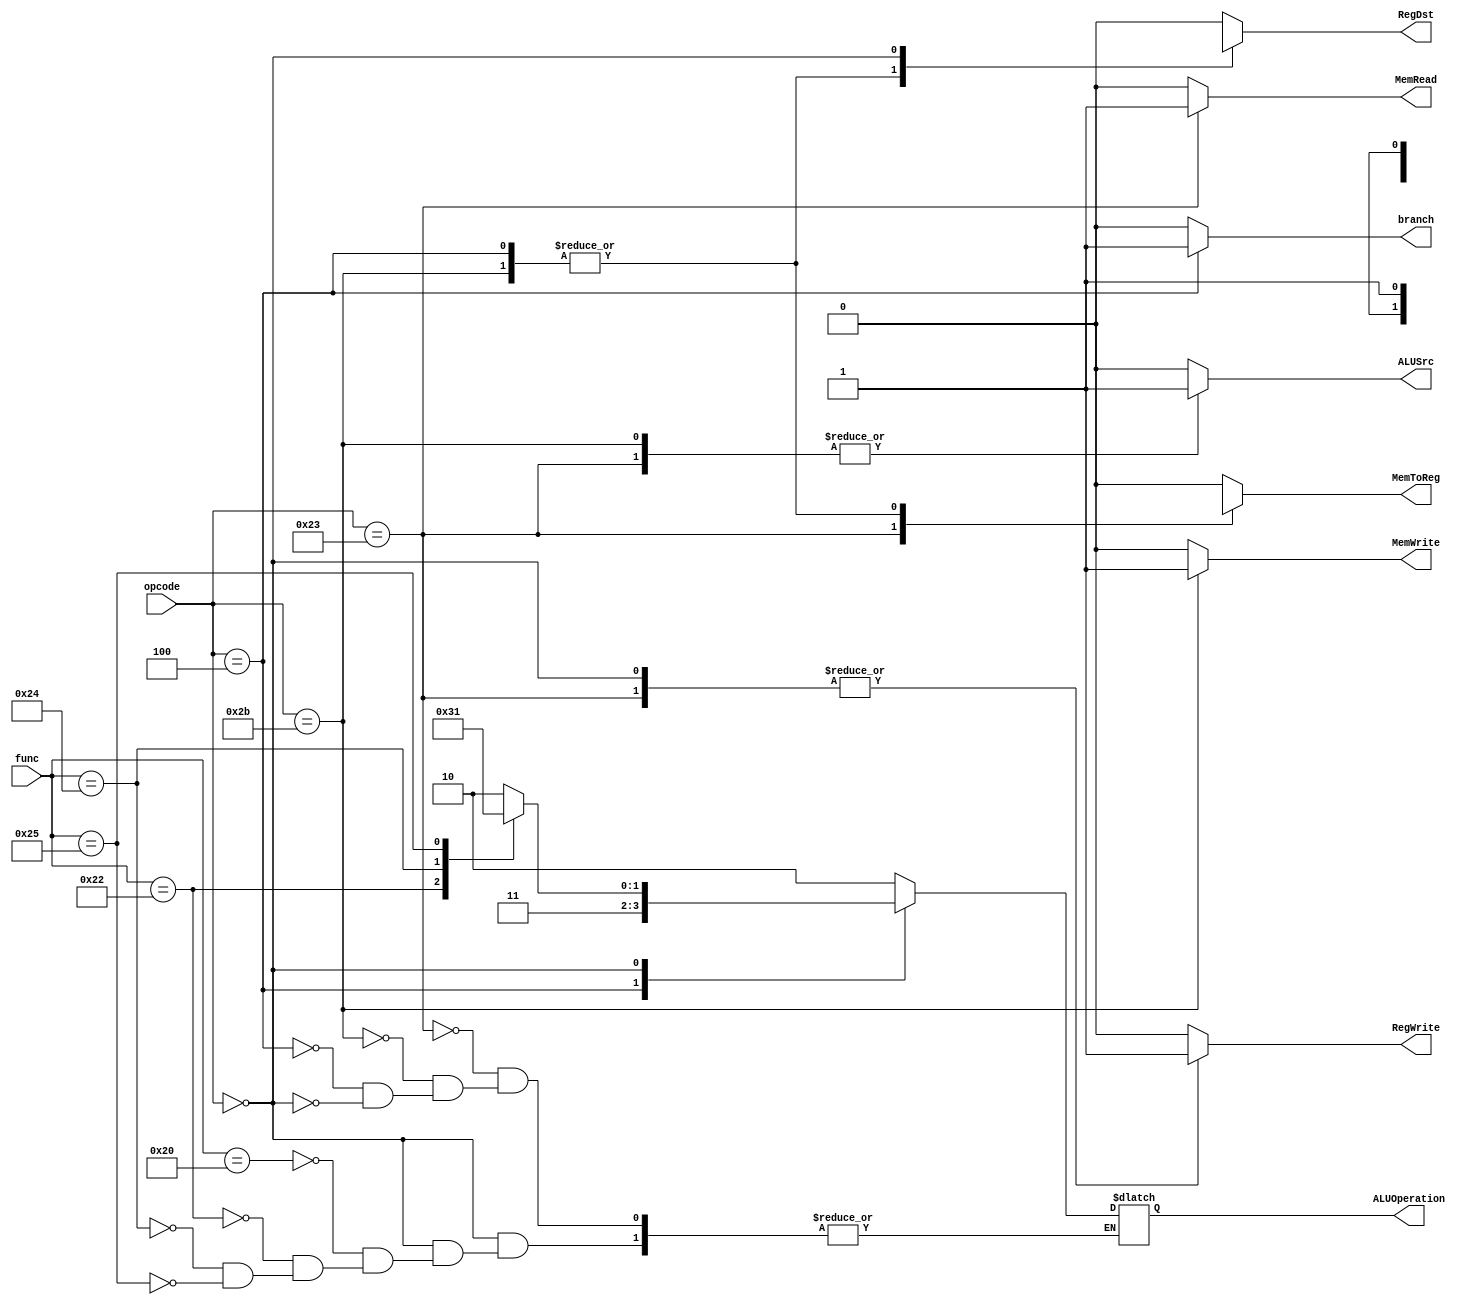
`define FUNC_ADD 6'b100000
`define FUNC_SUB 6'b100010
`define FUNC_AND 6'b100100
`define FUNC_OR  6'b100101

`define LW     6'b100011
`define SW     6'b101011
`define BEQ    6'b000100
`define RTYPE  6'b000000

`timescale 1ns/1ns

module Controller(func, opcode,RegDst,RegWrite, ALUSrc,MemToReg, MemRead, MemWrite,branch,ALUOperation);
	
	input [5:0] opcode, func;
	output reg RegDst,RegWrite, ALUSrc,MemToReg, MemRead, MemWrite,branch;
	output reg [1:0] ALUOperation;
 
				  
	
	always @(*) begin

		RegDst 		= 0;
		ALUSrc 		= 0;
		MemToReg	= 0;
		RegWrite	= 0;
		MemRead		= 0;
		MemWrite	= 0;
		branch		= 0;

		//select oprand
		case(opcode)	
			`LW: begin
				ALUSrc 	 		= 1;
				RegWrite 		= 1;
				MemRead	 		= 1;
				MemToReg 		= 1;
				ALUOperation	= 2'b10;
			end
			`SW: begin
				RegDst     		= 1'bx;
				ALUSrc 	   		= 1;
				MemToReg   		= 1'bx;
				MemWrite   		= 1;
				ALUOperation	= 2'b10;
			end
			`BEQ: begin
				RegDst    		= 1'bx;
				MemToReg 		= 1'bx;
				branch			= 1;
				ALUOperation	= 2'b11;
			end
			`RTYPE: begin
				RegDst 		= 1;
				RegWrite	= 1;
				case(func)
						`FUNC_ADD : ALUOperation = 2'b10;
						`FUNC_SUB : ALUOperation = 2'b11;
						`FUNC_AND : ALUOperation = 2'b00;
						`FUNC_OR  :  ALUOperation = 2'b01;
				endcase
			end
		endcase
	end
endmodule